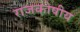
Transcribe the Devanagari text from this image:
राजकोषीय